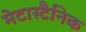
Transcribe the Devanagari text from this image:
मेटास्टैनिक